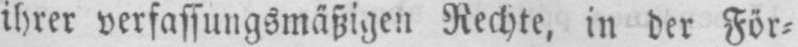
ihrer verfassungsmäßigen Rechte, in der För⸗